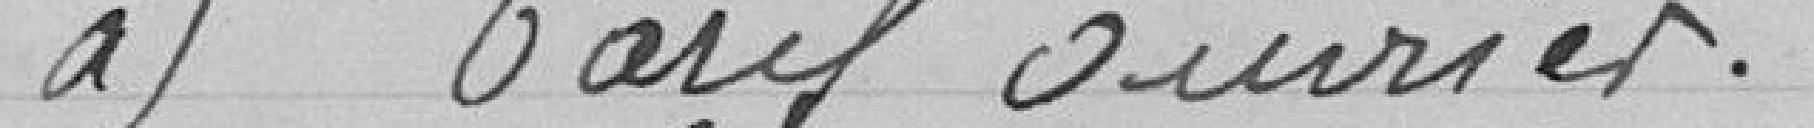
a) tarif ouvrier